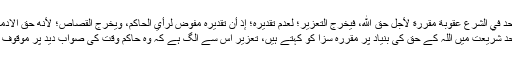
’’والحد في الشرع عقوبة مقررة لأجل حق الله، فيخرج التعزير؛ لعدم تقديره؛ إذ أن تقديره مفوض لرأي الحاكم، ويخرج القصاص؛ لأنه حق الآدمي‘‘.
"حد شریعت میں اللہ کے حق کی بنیاد پر مقررہ سزا کو کہتے ہیں، تعزیر اس سے الگ ہے کہ وہ حاکم وقت کی صواب دید پر موقوف ہے۔